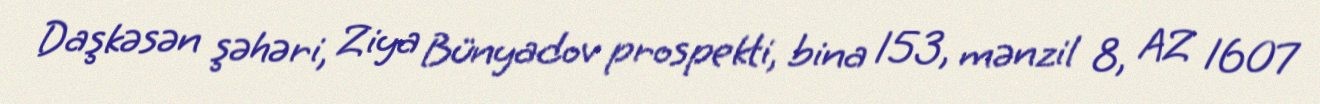
Daşkəsən şəhəri, Ziya Bünyadov prospekti, bina 153, mənzil 8, AZ 1607